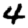
Digit: 4